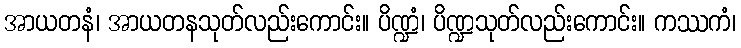
အာယတနံ၊ အာယတနသုတ်လည်းကောင်း။ ပိဏ္ဍံ၊ ပိဏ္ဍသုတ်လည်းကောင်း။ ကဿကံ၊